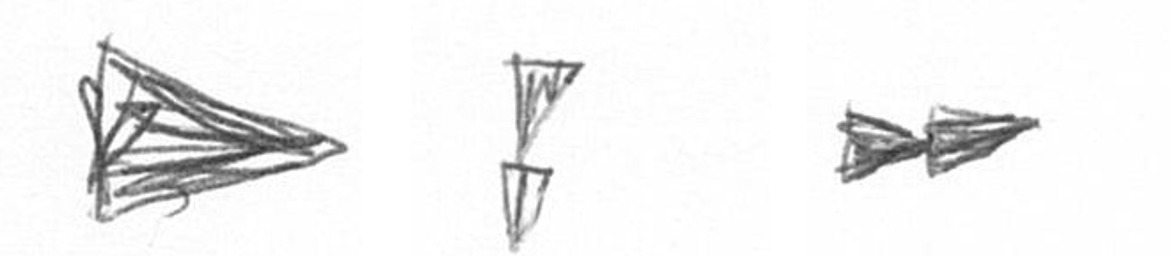
T Z A